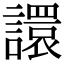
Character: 譞